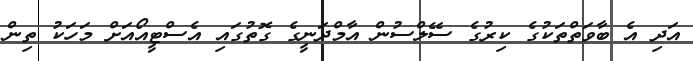
އަދި އެ ބާވަތްތަކުގެ ކިރުގެ ސޭލްސުން އާމްދަނީގެ ގޮތުގައި އެސްޓީއޯއަށް މަހަކު ތިން